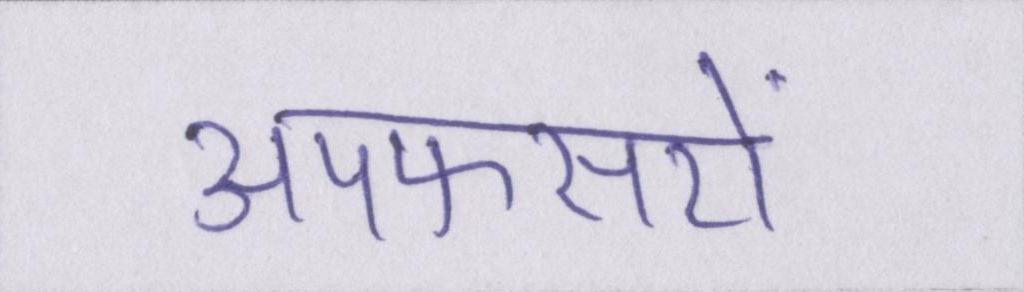
अपफसरों